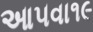
આ૫વા૧૯